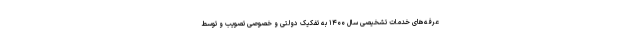
عرفه‌های خدمات تشخیصی سال ۱۴۰۰ به تفکیک دولتی و خصوصی تصویب و توسط